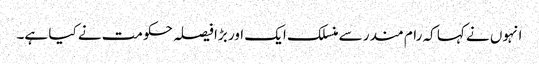
انہوں نے کہا کہ رام مندر سے منسلک ایک اور بڑا فیصلہ حکومت نے کیا ہے۔